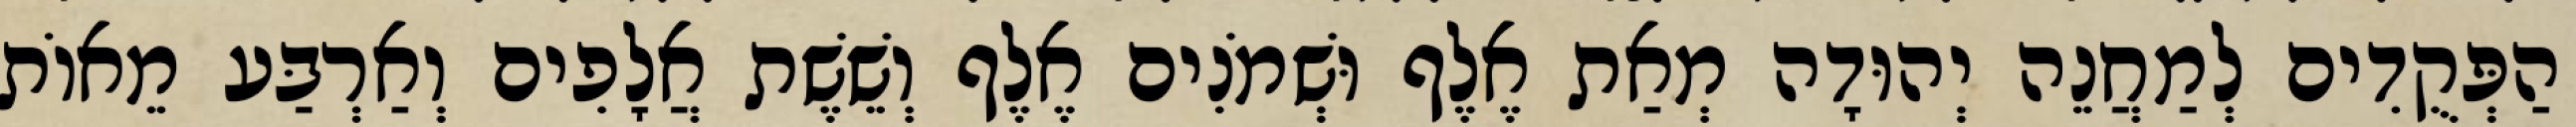
הַפְּקֻדִים לְמַחֲנֵה יְהוּדָה מְאַת אֶלֶף וּשְׁמֹנִים אֶלֶף וְשֵׁשֶׁת אֲלָפִים וְאַרְבַּע מֵאוֹת